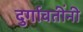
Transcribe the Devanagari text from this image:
दुर्गावतींनी